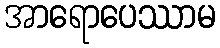
အာရောပေဿာမ